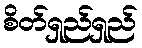
စိတ်ရှည်ရှည်